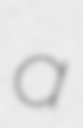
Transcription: a